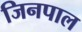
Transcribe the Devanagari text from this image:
जिनपाल